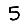
Digit: 5